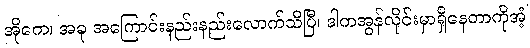
အိုကေ၊ အခု အကြောင်းနည်းနည်းလောက်သိပြီ၊ ဒါကအွန်လိုင်းမှာရှိနေတာကိုအံ့